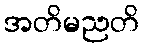
အတိမညတိ